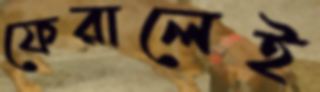
ফেরালেই